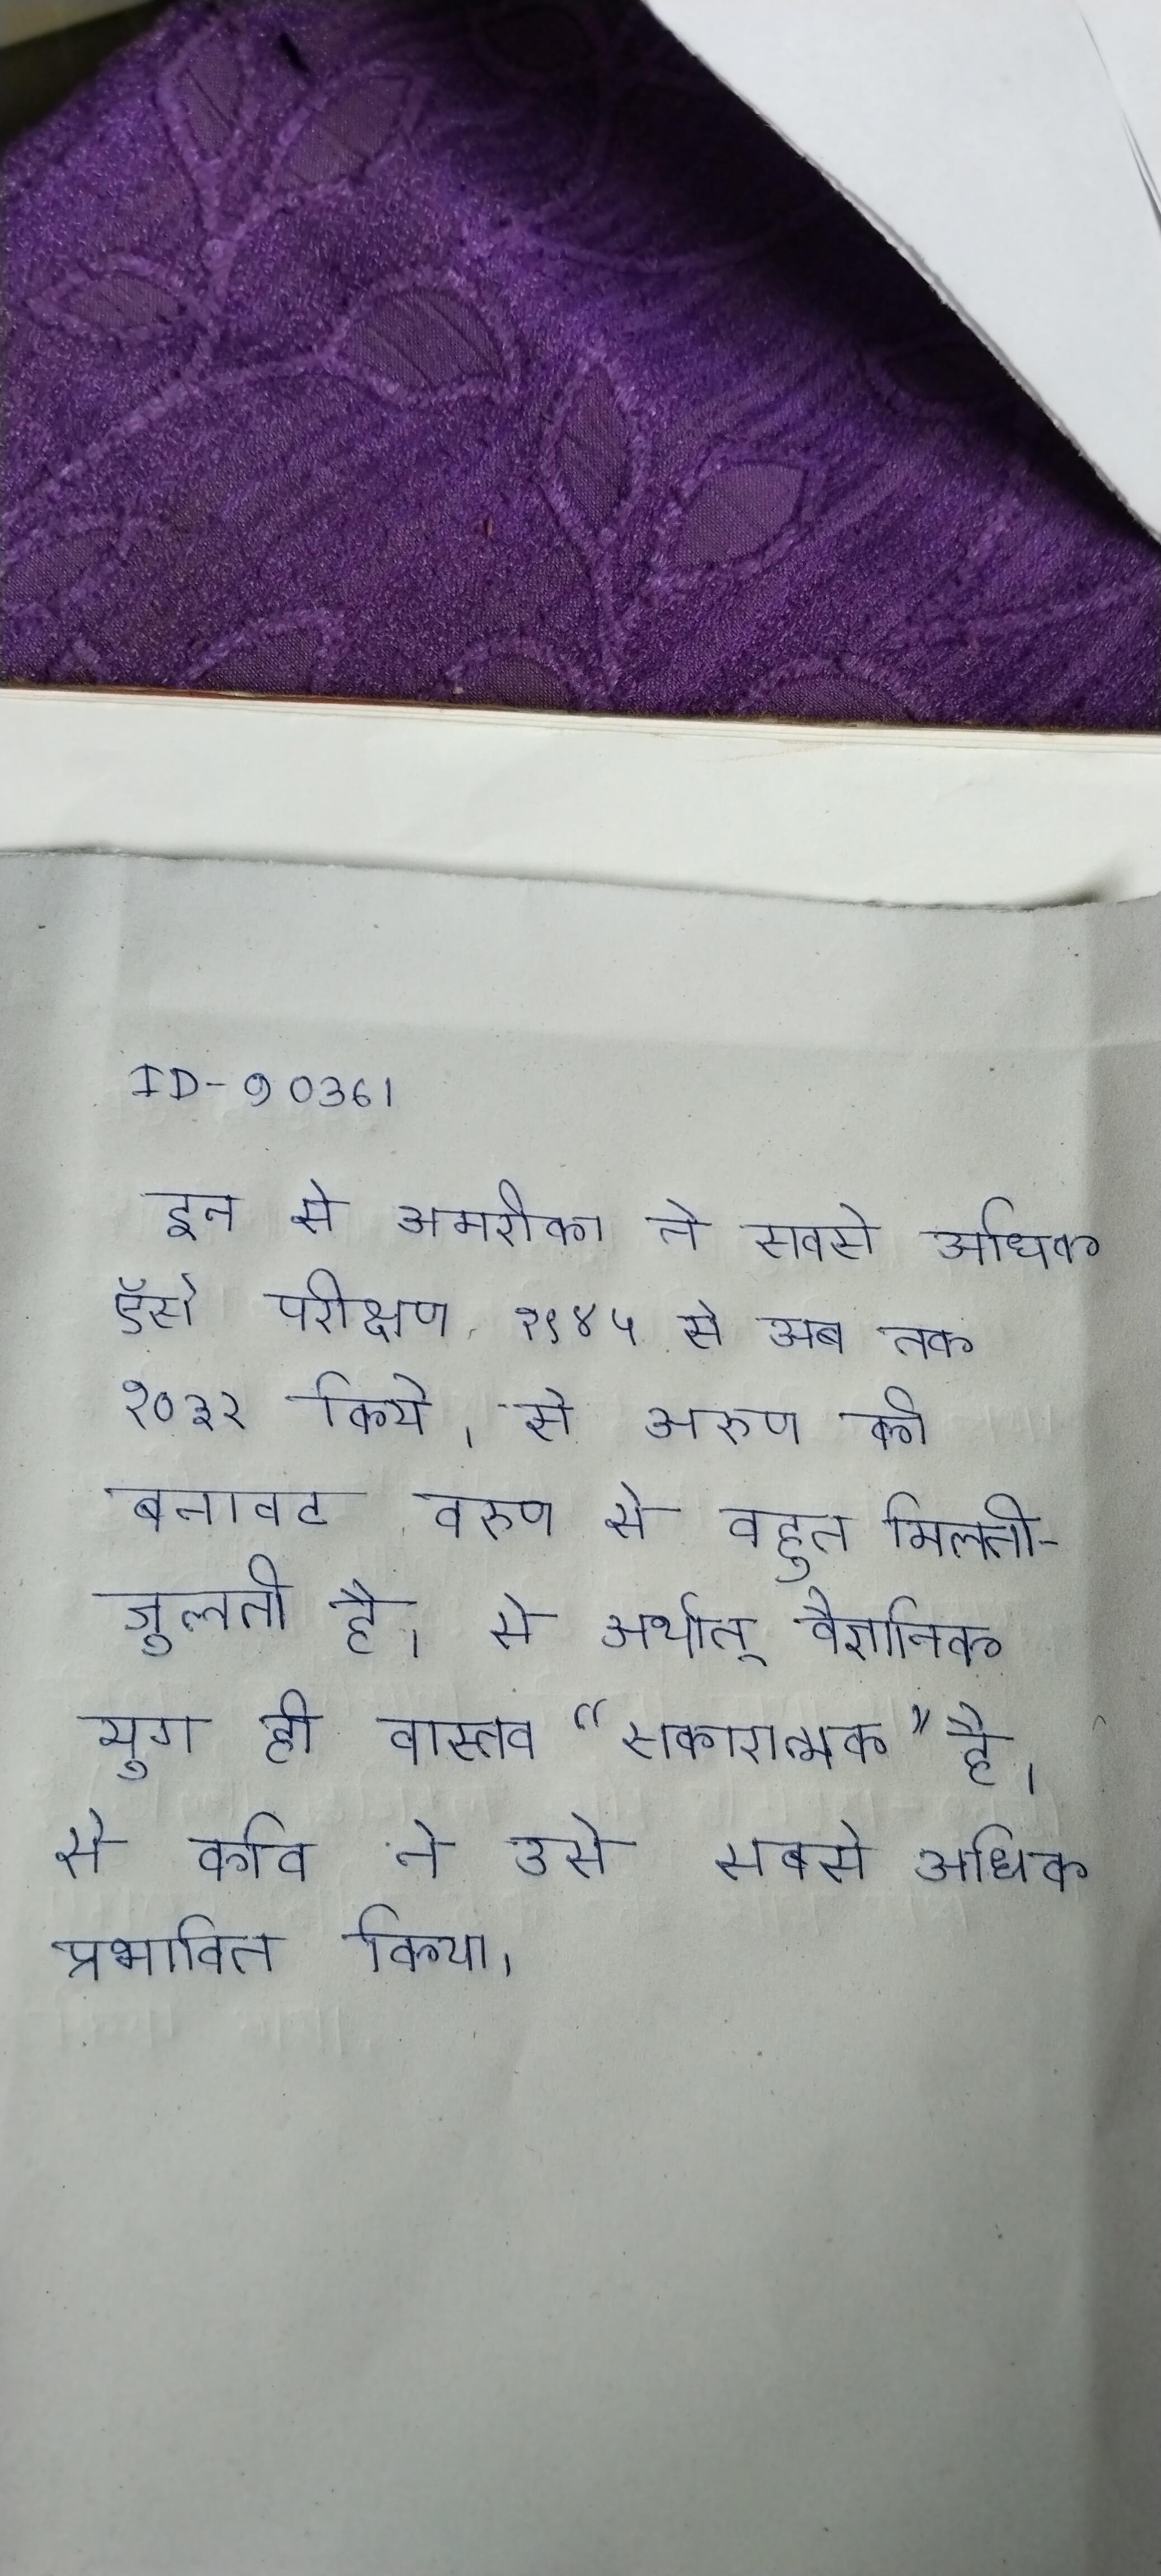
इन से अमरीका ने सबसे अधिक ऍसे परीक्षण १९४५ से अब तक १०३२ किये । से अरुण की बनावट वरुण से बहुत मिलती-जुलती है । से अर्थात् वैज्ञानिक युग ही वास्तव "सकारात्मक" है । से कवि ने उसे सबसे अधिक प्रभावित किया ।